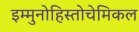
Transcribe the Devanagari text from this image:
इम्मुनोहिस्तोचेमिकल